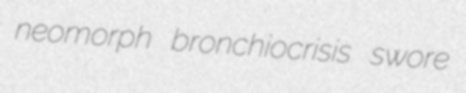
neomorph bronchiocrisis swore